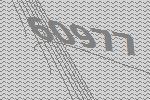
60977